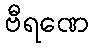
ဗီရဏေ